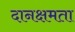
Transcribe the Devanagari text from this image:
दानक्षमता